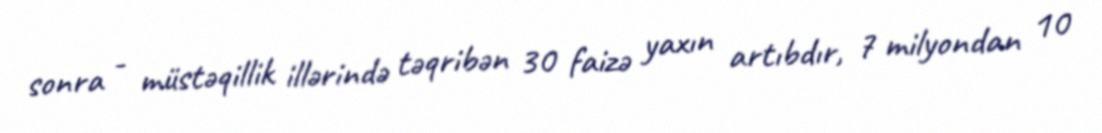
sonra - müstəqillik illərində təqribən 30 faizə yaxın artıbdır, 7 milyondan 10